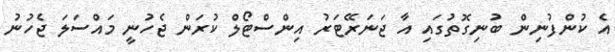
އެ ކުންފުނިން ބުނިގޮތުގައި އާ ޖަނަރޭޓަރު އިންސްޓޯލް ކުރަން ޖެހުނީ މައްސަލަ ޖެހުނު